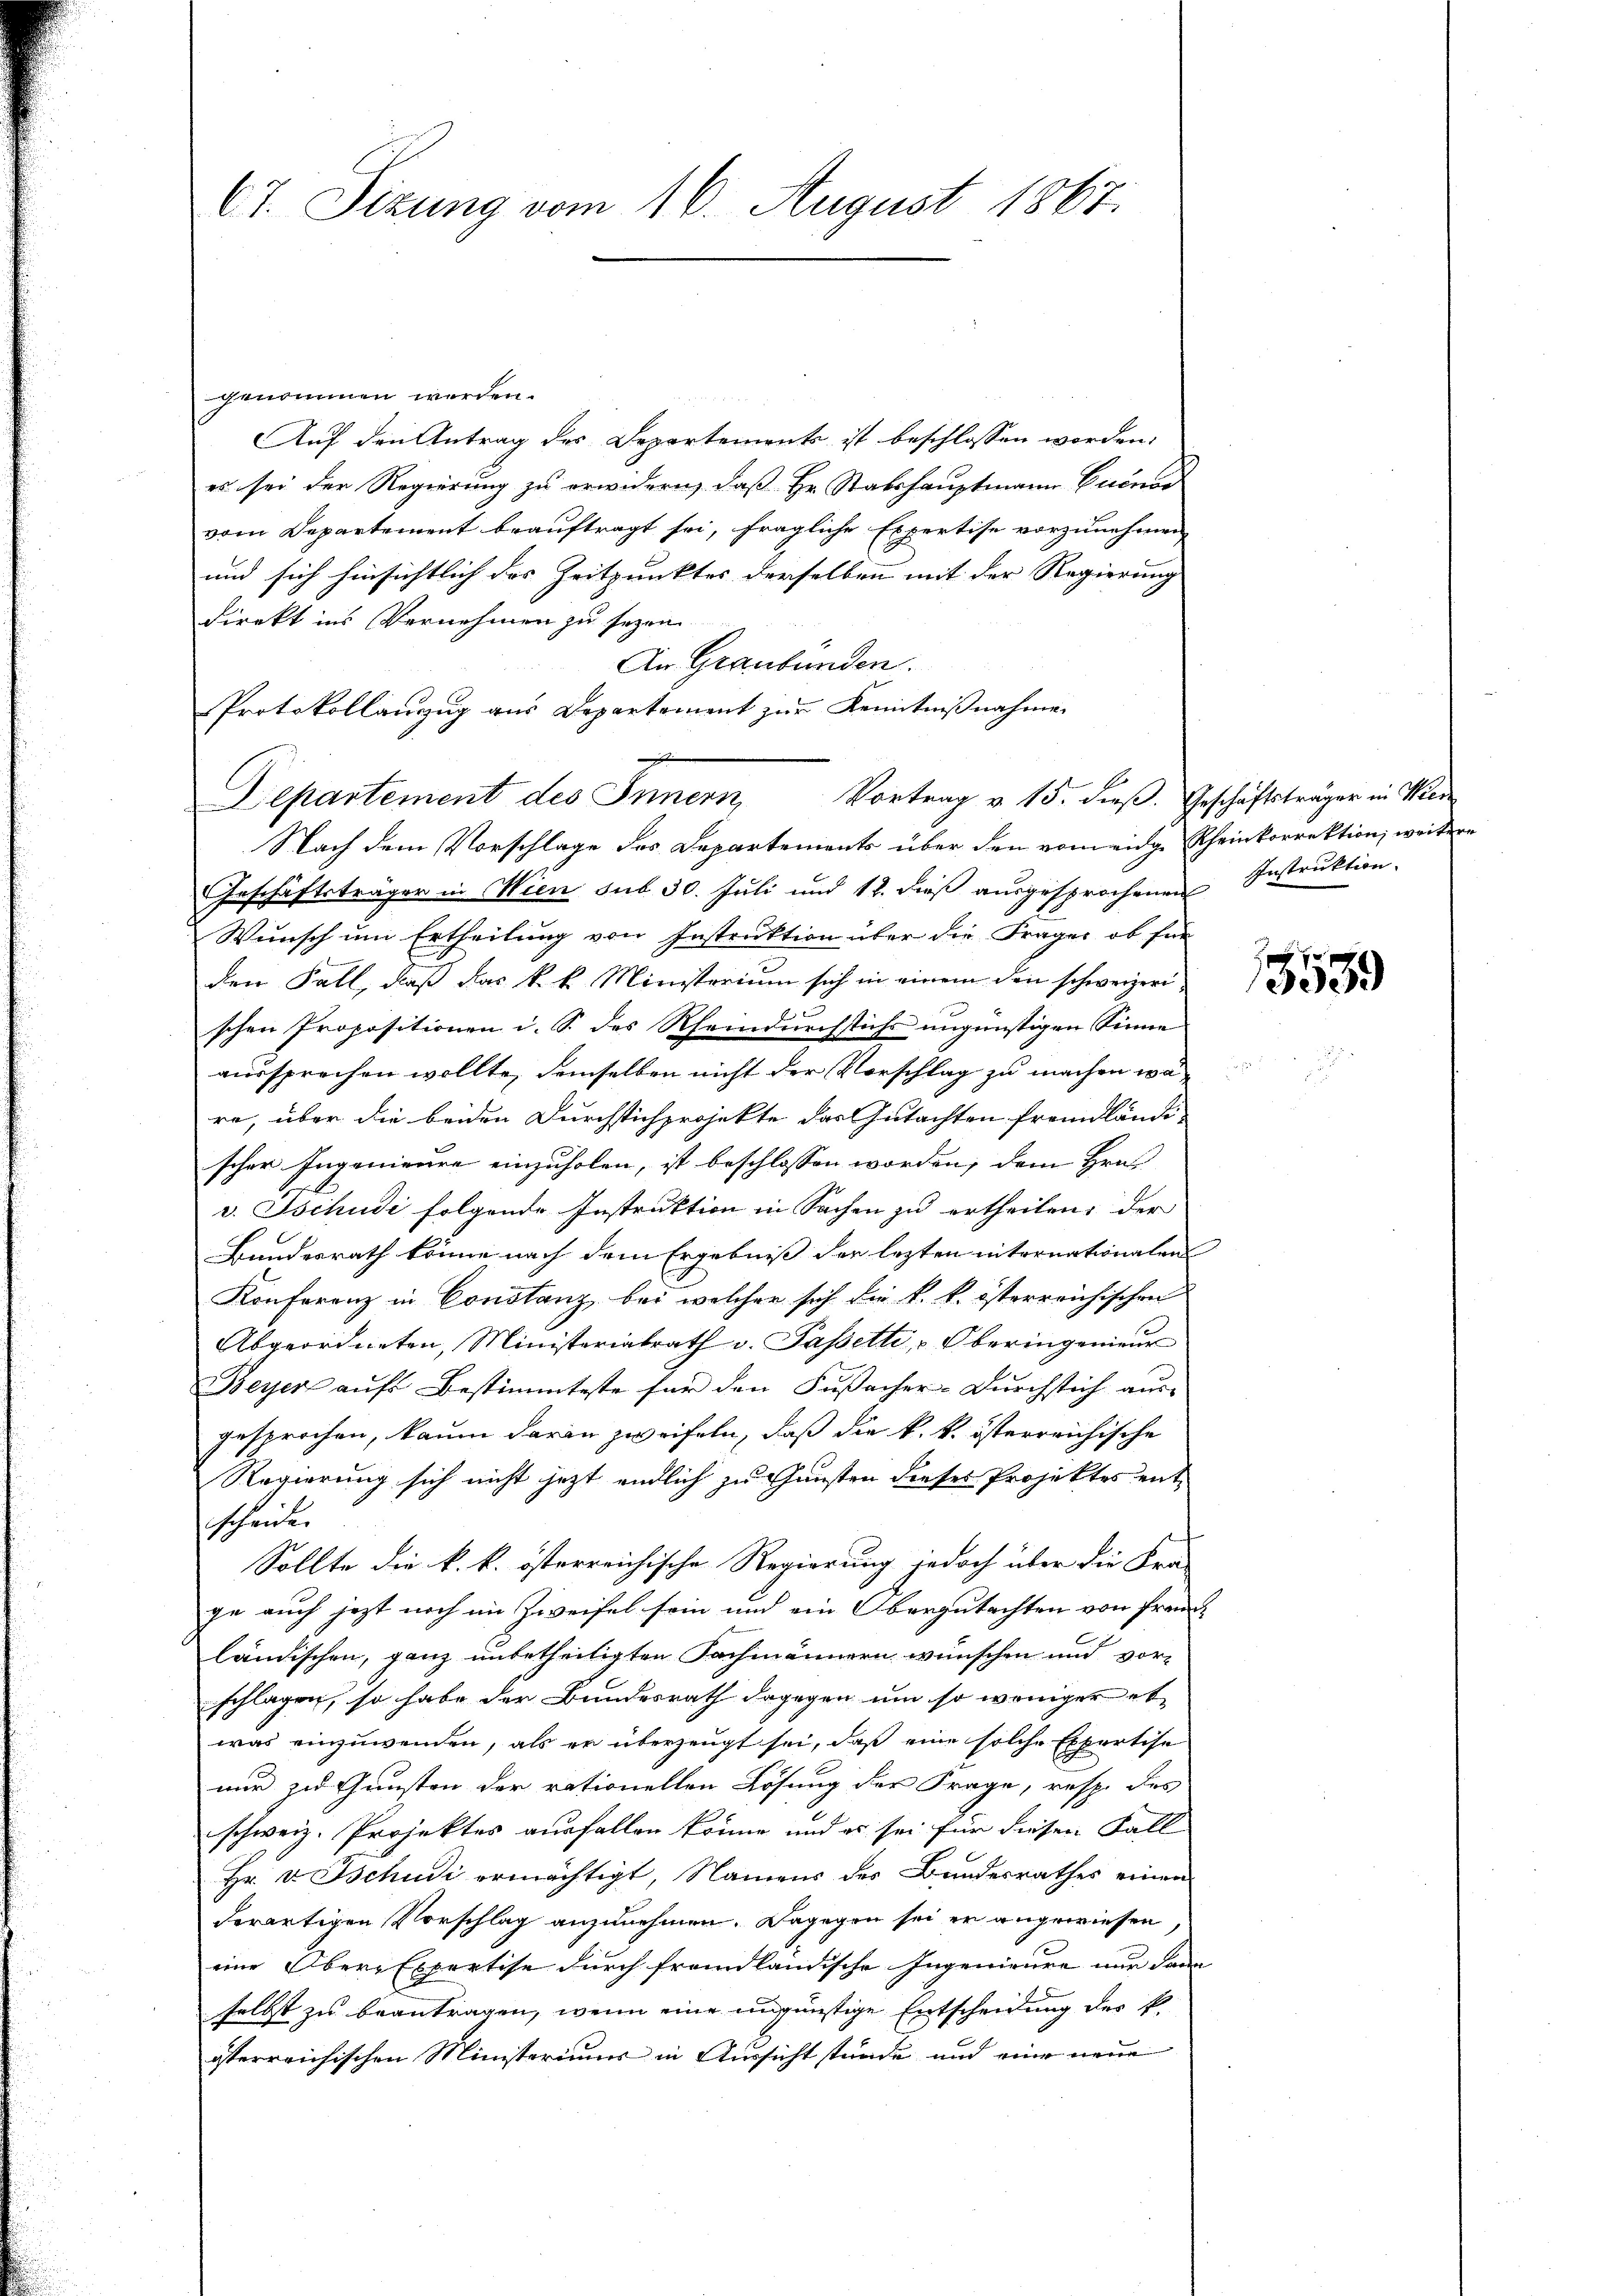
67. Sizung vom 16. August 1867.

genommen werden.
Auf den Antrag des Departements ist beschlossen worden.
es sei der Regierung zu erwidern, daß Hr. Stabshauptmann Euenos
vom Departement beauftragt sei, fragliche Expertise vorzunehmen
und sich hinsichtlich des Zeitpunktes derselben mit der Regierung
direkt ins Vernehmen zu sezen.
An Graubünden.
Protokollanzug aus Departement zur Kenntnißnahme
E
Nach dem Vorschlage des Departements über den vom eidge Rheinkorrektion, weitere
Geschäftsträger in Wien sub 30. Juli und 12. dieß ausgesprochenen Instruktion.
Wunsch um Ertheilung von Instruktion über die Frages, ob für
den Fall, daß das k. k. Ministerium sich in einem den schweizerischen Propositionen i. S. des Rheindurchstichs ungünstigen Sinne
aussprechen wollte, demselben nicht der Vorschlag zu machen wäre, über die beiden Durchstichprojekte das Gutachten fremdländi-
scher Ingenieure einzuholen, ist beschlossen worden, dem Hrn.
v. Tschudi folgende Instruktion in Sachen zu ertheilen, der
Bundesrath könne nach dem Ergebniß der lezten internationalen
Konferenz in Constanz, bei welcher sich die k. k. österreichischen
Abgeordneten, Ministerialrath v. Passetti, Oberingenieŭr
Beyer aufs Bestimmteste für den Fußacher-Durchstich aus-
gesprochen, kaum daran zweifeln, daß die k. k. österreichische
Regierung sich nicht jetzt endlich zu Gunsten dieses Projektes entscheiden
Sollte die k. k. österreichische Regierung jedoch über die Fra-
ge auch jezt noch im Zweifel sein und ein Obergutachten von fremd
ländischen, ganz unbetheiligten Fachmännern wünschen und vor-
schlagen, so habe der Bundesrath dagegen um so weniger et
was einzuwenden, als er überzeugt sei, daß eine solche Expertise
nur zu Gunsten der rationellen Lösung der Frage, resp. des
schweiz. Projektes ausfallen könne und es sei für diesen Fall
Hr. v. Tschudi ermächtigt, Namens des Bundesrathes einen
derartigen Vorschlag anzunehmen. Dagegen sei er angewiesen,
eine Ober-Expertise durch fremdländische Ingenieure nur dann
selbst zu beantragen, wenn eine ungünstige Entscheidung des k.
österreichischen Ministeriums in Aussicht stunde und eine neue

Departement des Innern, Vortrag v. 15. dieß. Geschäftsträger in Wien

15539